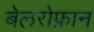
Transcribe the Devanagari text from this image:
बेलरोफ़ान